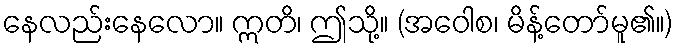
နေလည်းနေလော။ ဣတိ၊ ဤသို့။ (အဝေါစ၊ မိန့်တော်မူ၏။)